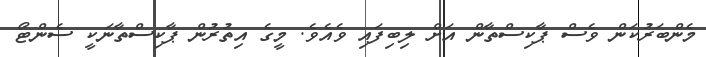
މެންބަރުކަން ވެސް ޕާކިސްތާން އަށް ލިބިފައި ވެއެވެ. މީގެ އިތުރުން ޕާކިސްތާނަކީ ސެންޓޯ